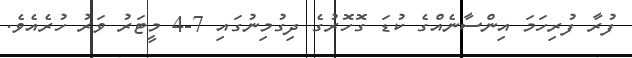
ފުރާ ފުރިހަމަ އިންސާނެއްގެ ކުޑަ ގޮހޮރުގެ ދިގުމިނުގައި 7-4 މީޓަރު ވަރު ހުރެއެވެ.